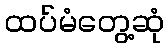
ထပ်မံတွေ့ဆုံ